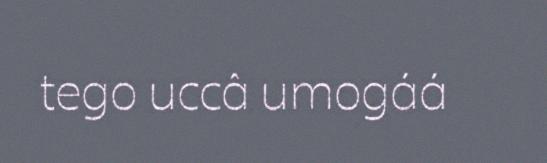
tego uccâ umogáá